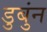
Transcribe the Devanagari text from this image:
डुबुंन